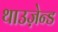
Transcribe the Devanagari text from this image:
थाउज़ेन्ड